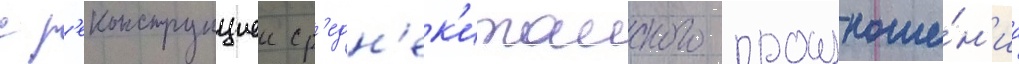
с р'еконструкциеи ср'едн'ек'итаиского произноше́н'иа